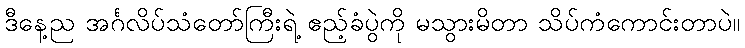
ဒီနေ့ည အင်္ဂလိပ်သံတော်ကြီးရဲ့ ဧည့်ခံပွဲကို မသွားမိတာ သိပ်ကံကောင်းတာပဲ။